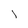
Character: l